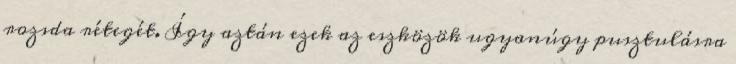
rozsda rétegét. Így aztán ezek az eszközök ugyanúgy pusztulásra